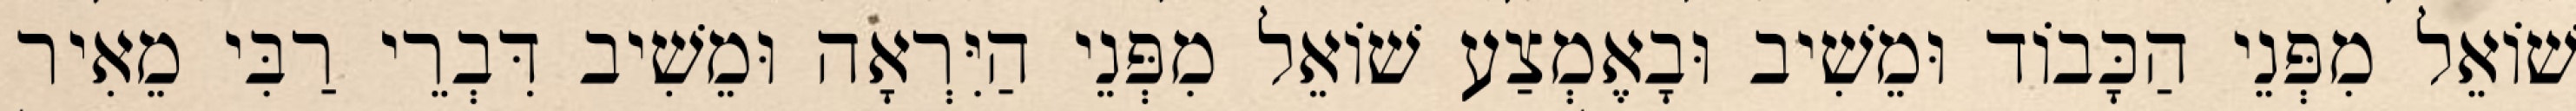
שׁוֹאֵל מִפְּנֵי הַכָּבוֹד וּמֵשִׁיב וּבָאֶמְצַע שׁוֹאֵל מִפְּנֵי הַיִּרְאָה וּמֵשִׁיב דִּבְרֵי רַבִּי מֵאִיר